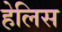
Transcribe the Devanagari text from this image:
हेलिस